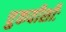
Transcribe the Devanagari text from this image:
चुकवीशीः